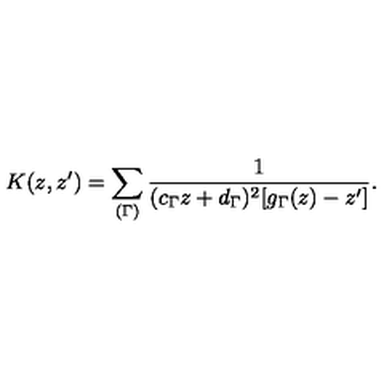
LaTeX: K ( z , z ^ { \prime } ) = \sum _ { ( \Gamma ) } \frac { 1 } { ( c _ { \Gamma } z + d _ { \Gamma } ) ^ { 2 } [ g _ { \Gamma } ( z ) - z ^ { \prime } ] } .